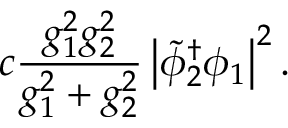
c { \frac { g _ { 1 } ^ { 2 } g _ { 2 } ^ { 2 } } { g _ { 1 } ^ { 2 } + g _ { 2 } ^ { 2 } } } \left| { \tilde { \phi } _ { 2 } } ^ { \dagger } \phi _ { 1 } \right| ^ { 2 } .